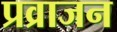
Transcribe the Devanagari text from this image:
प्रव्राजन